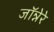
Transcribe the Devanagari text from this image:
जॉन्नेरे